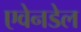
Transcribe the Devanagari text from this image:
एवेनडेल